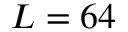
L = 6 4